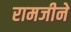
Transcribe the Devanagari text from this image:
रामजीने